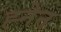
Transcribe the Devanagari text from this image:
ह्नेन